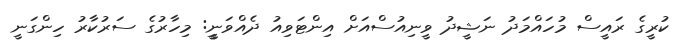
ކުރީގެ ރައީސް މުހައްމަދު ނަޝީދު ވީނިއުސްއަށް އިންޓަވިއު ދެއްވަނީީ: މިހާރުގެ ސަރުކާރު ހިންގަނީ